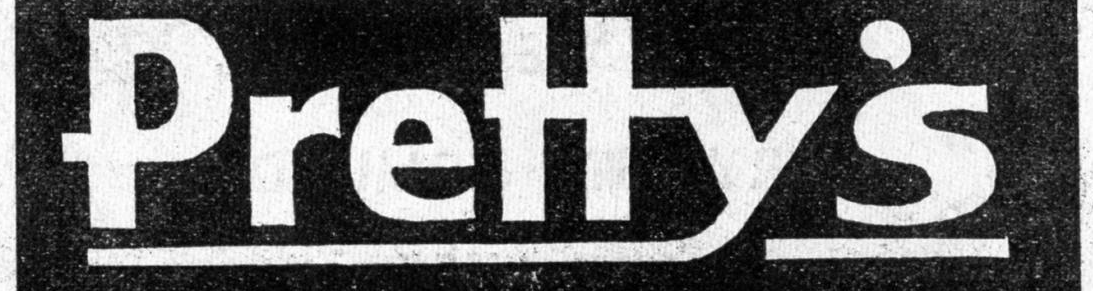
Pretty's